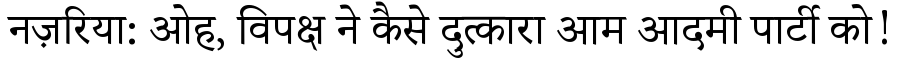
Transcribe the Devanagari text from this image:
नज़रिया: ओह, विपक्ष ने कैसे दुत्कारा आम आदमी पार्टी को!